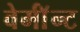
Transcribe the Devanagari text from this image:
वेर्माॅन्ट